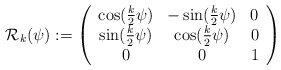
\begin{align*}{\mathcal R}_k (\psi) := \left(\begin{array}{ccc}\cos(\frac{k}{2}\psi) & -\sin(\frac{k}{2}\psi) & 0 \\\sin(\frac{k}{2}\psi) & \cos(\frac{k}{2}\psi) & 0 \\0 & 0 & 1\end{array}\right)\end{align*}